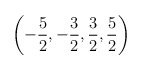
\begin{align*}\left( -\frac{5}{2},-\frac{3}{2},\frac{3}{2},\frac{5}{2}\right) \protect\end{align*}